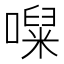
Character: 㘀